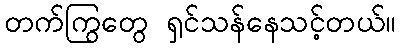
တက်ကြွတွေ ရှင်သန်နေသင့်တယ်။